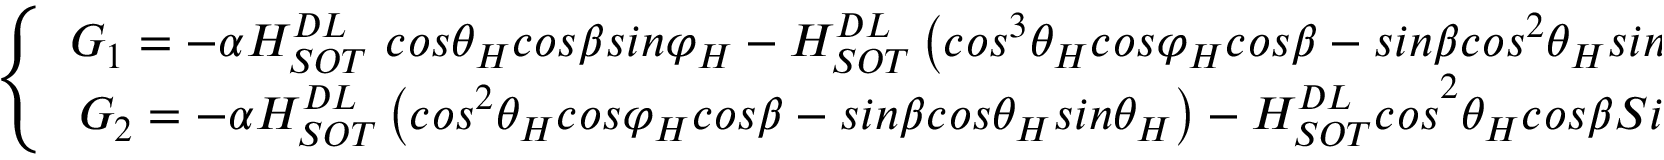
\left\{ \begin{array} { c } { G _ { 1 } = - \alpha H _ { { S O T \ } } ^ { D L } c o s { \theta } _ { H } c o s \beta s i n { \varphi } _ { H } - H _ { S O T } ^ { D L } \left( { c o s } ^ { 3 } { \theta } _ { H } c o s { \varphi } _ { H } c o s \beta - { s i n \beta c o s } ^ { 2 } { \theta } _ { H } s i n { \theta } _ { H } \right) + { \alpha c o s } ^ { 4 } { \theta } _ { H } s i n { \theta } _ { H } H _ { k { \ } } } \\ { { G _ { 2 } = - \alpha H _ { S O T } ^ { D L } \left( { c o s } ^ { 2 } { \theta } _ { H } c o s { \varphi } _ { H } c o s \beta - s i n \beta c o s { \theta } _ { H } s i n { \theta } _ { H } \right) - H _ { S O T } ^ { D L } c o s } ^ { 2 } { \theta } _ { H } c o s \beta S i n { \varphi } _ { H } - { c o s } ^ { 3 } { \theta } _ { H } s i n { \theta } _ { H } H _ { K { \ } } } \end{array} \right.